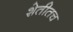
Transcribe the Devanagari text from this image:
शेतीतच